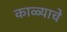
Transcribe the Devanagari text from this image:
काळ्याचे